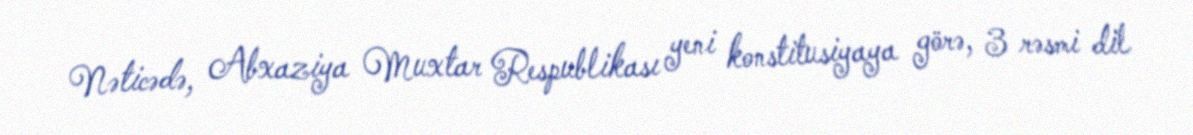
Nəticədə, Abxaziya Muxtar Respublikası yeni konstitusiyaya görə, 3 rəsmi dil